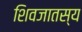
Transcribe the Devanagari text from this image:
शिवजातस्य